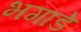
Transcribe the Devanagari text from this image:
भगाडे